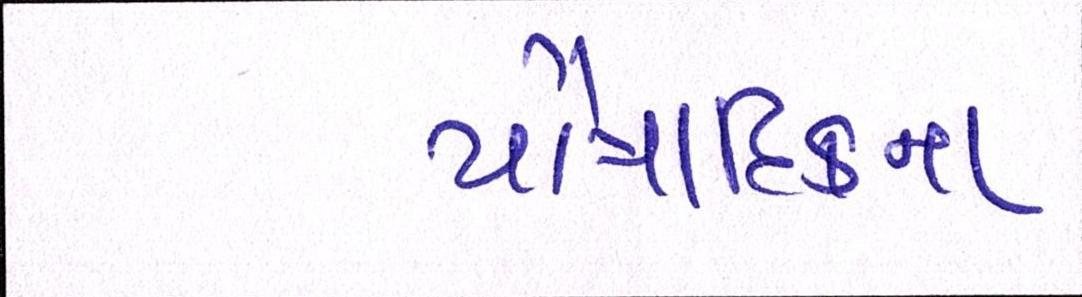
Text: પૌત્રાદિકના